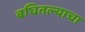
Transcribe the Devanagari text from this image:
बघितल्याचा